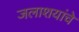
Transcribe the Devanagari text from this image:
जलाशयांचे